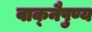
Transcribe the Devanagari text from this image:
वाक्‌नैपुण्य